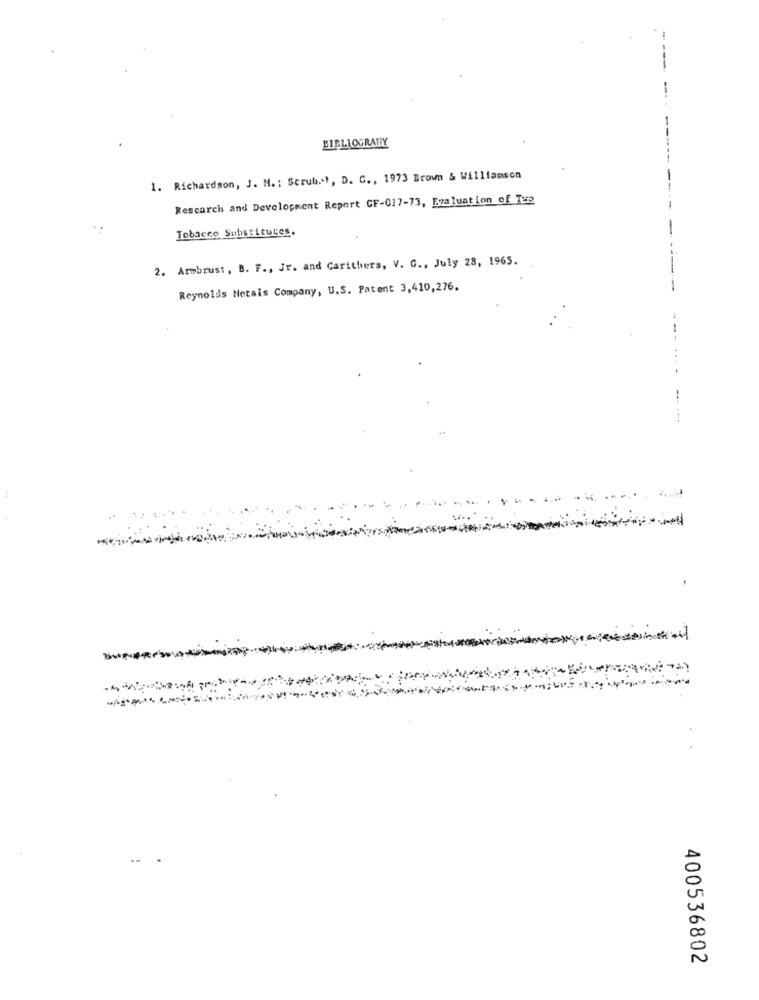
BIBLIOGRATIY
1. Richardson, J. M .; Scrub .. ", D. C ., 1973 Brown & Williamson
Research and Development Report GF-017-73, Evaluation of Tup
Tobacco Substitutes.
2. Armbrust, B. F ., Jr. and Carithers, V. G ., July 23, 1965.
Reynolds Netais Company, U.S. Patent 3,410,276.
-
400536802